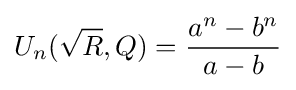
U_{n}({\sqrt {R}},Q)={\frac {a^{n}-b^{n}}{a-b}}